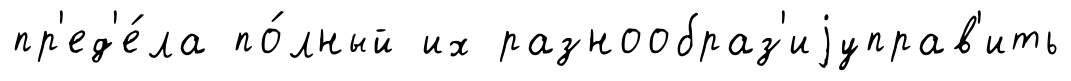
пр'ед'е́ла по́лный их разнообраз'иjуправ'ить